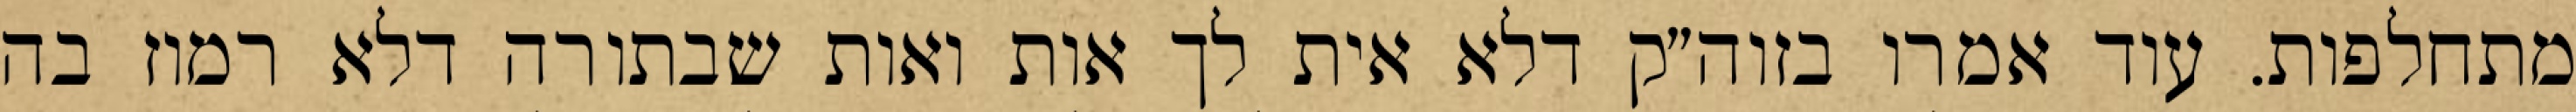
מתחלפות. עוד אמרו בזוה״ק דלא אית לך אות ואות שבתורה דלא רמוז בה